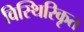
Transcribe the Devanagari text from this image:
विस्थिरिकृत